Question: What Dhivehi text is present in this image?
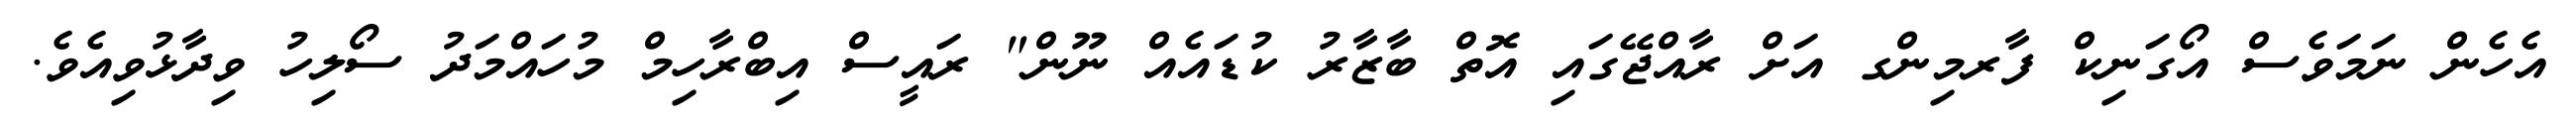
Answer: އެހެން ނަމަވެސް އޯގަނިކް ފާރމިންގ އަށް ރާއްޖޭގައި އޮތް ބާޒާރު ކުޑައެއް ނޫން" ރައީސް އިބްރާހިމް މުހައްމަދު ސޯލިހު ވިދާޅުވިއެވެ.